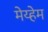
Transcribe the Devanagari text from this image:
मेय्हेम